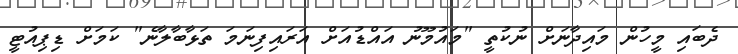
ދެބައި މީހުން މައިދާނަށް ނުކުތީ "މައުމޫނު އައްޑުއަށް އަަރައިފިނަމަ ތަޅާބާލާނެ" ކަމަށް ޑިޕިއުޓީ